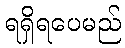
ရရှိရပေမည်